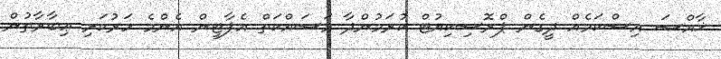
ޚާއްޞަ އިސްކަމެއް ދީގެން ޕްރޮސިކިއުޓް ކުރަމުންދާ މަސައްކަތް އެޕާޓީން އެންމެ ހަރުކަށި ޢިބާރާތުން